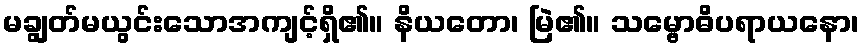
မချွတ်မယွင်းသောအကျင့်ရှိ၏။ နိယတော၊ မြဲ၏။ သမ္ဗောဓိပရာယနော၊